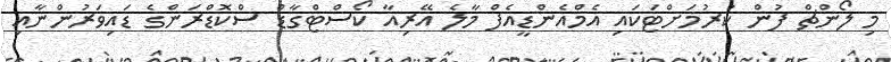
މި ލޯންޗް ފުން ކުރުމަށްޓަކައި އެމްއެންޑީއެފް މާލެ އޭރިއާ ކޯސްޓްގާޑް ސްކޮޑްރަންގެ ޑައިވަރުންނާއި